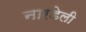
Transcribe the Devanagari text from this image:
नारडेली